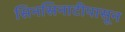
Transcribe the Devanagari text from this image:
सिनसिनाटीपासून